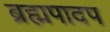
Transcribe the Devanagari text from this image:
ब्रह्मपादप